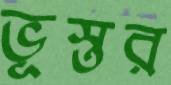
ভূস্তর